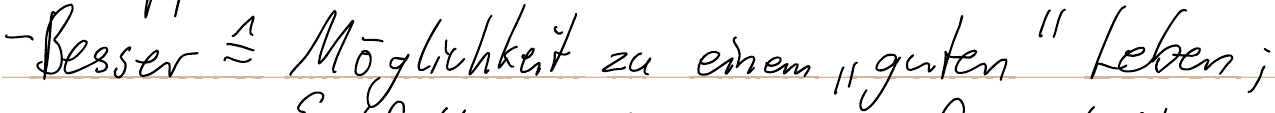
- Besser = Möglichkeit zu einem "guten" Leben;